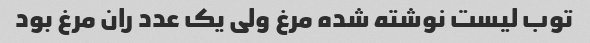
توب لیست نوشته شده مرغ ولی یک عدد ران مرغ بود